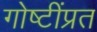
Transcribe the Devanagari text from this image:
गोष्टींप्रत